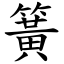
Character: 簧